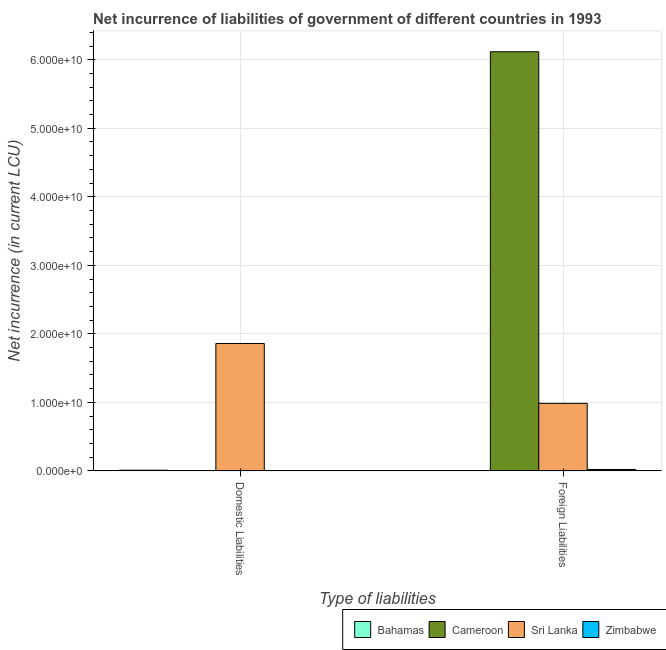
| Type of liabilities | Bahamas | Cameroon | Sri Lanka | Zimbabwe |
 | --- | --- | --- | --- | --- |
 | Domestic Liabilities | 9.9e+07 | -7.08e+09 | 1.86e+10 | -5.3e+07 |
 | Foreign Liabilities | -1.46e+07 | 6.12e+10 | 9.86e+09 | 2.11e+08 |